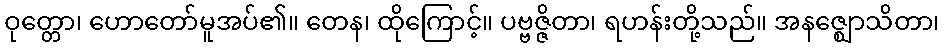
ဝုတ္တော၊ ဟောတော်မူအပ်၏။ တေန၊ ထိုကြောင့်။ ပဗ္ဗဇ္ဇိတာ၊ ရဟန်းတို့သည်။ အနဇ္ဈောသိတာ၊